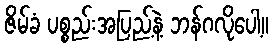
ဇိမ်ခံ ပစ္စည်းအပြည့်နဲ့ ဘန်ဂလိုပေါ့။